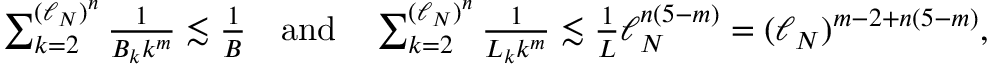
\begin{array} { r } { \sum _ { k = 2 } ^ { ( \ell _ { N } ) ^ { n } } \frac { 1 } { B _ { k } k ^ { m } } \lesssim \frac 1 B \quad \mathrm { a n d } \quad \sum _ { k = 2 } ^ { ( \ell _ { N } ) ^ { n } } \frac { 1 } { L _ { k } k ^ { m } } \lesssim \frac { 1 } { L } \ell _ { N } ^ { n ( 5 - m ) } = ( \ell _ { N } ) ^ { m - 2 + n ( 5 - m ) } , } \end{array}